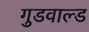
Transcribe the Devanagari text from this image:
गुडवाल्ड